Lunatic asylums Central Provinces reports 1910-1926 - 1910-1926
Year: 1910
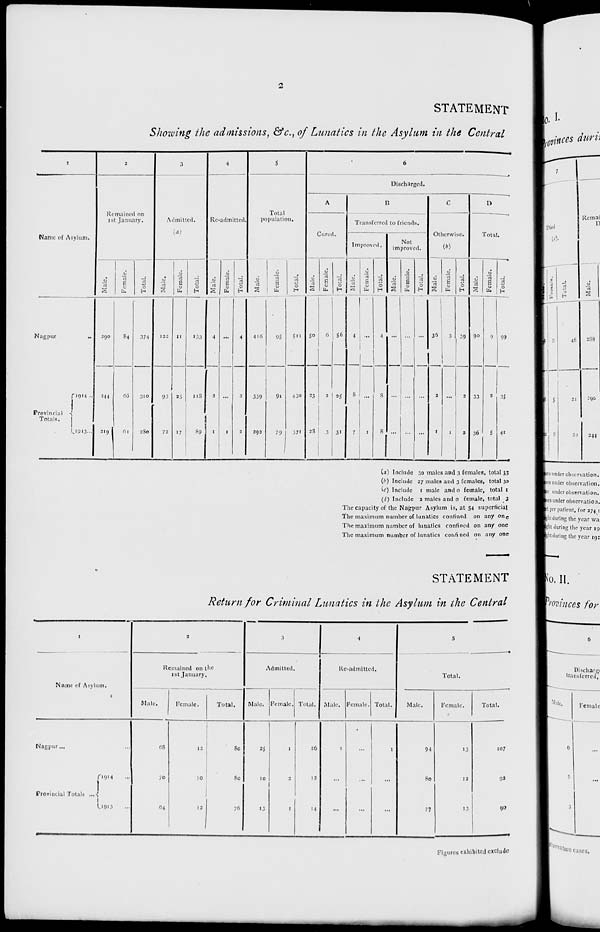
2
STATEMENT
Showing the admissions, &c., of Lunatics in the Asylum in the Central
1
Name of Asylum.
Nagpur
...
Provincial
Totals.
1914 ...
1913
...
2
Remained on
1st January.
Male.
290
244
219
Female.
84
66
61
Total.
374
310
280
3
Admitted.
(a)
Male.
122
93
72
Female.
11
25
17
Total.
133
118
89
4
Re-admitted.
Male.
4
2
1
Female.
...
...
1
Total.
4
2
2
5
Total
population.
Male.
416
339
292
Female.
95
91
79
Total.
511
430
371
6
Discharged.
A
Cured.
Male.
50
23
28
Female.
6
2
3
Total.
56
25
31
B
Transferred to friends.
Improved.
Male.
4
8
7
Female.
...
...
1
Total.
4
8
8
Not
improved.
Male.
...
...
...
Female.
...
...
...
Total.
...
...
...
C
Otherwise.
(b)
Male.
36
2
1
Female.
3
...
1
Total.
39
2
2
C
Total.
Male.
90
33
36
Female.
9
3
5
Total.
99
35
41
(a) Include 30 males and 3 females, total 33
(b) Include 27 males and 3 females, total 30
(c) Include 1 male and 0 female, total 1
(d) Include 2 males and 0 female, total 3
The capacity of the Nagpur Asylum is, at 54 superficial
The maximum number of lunatics confined on any one
The maximum number of lunatics confined on any one
The maximum number of lunatics confined on any one
STATEMENT
Return for Criminal Lunatics in the Asylum in the Central
1
Name of Asylum.
Nagpur ... ...
Provincial Totals ...
1914 ...
1913 ...
2
Remained on the
1st January.
Male.
68
70
64
Female.
12
10
12
Total.
80
80
76
3
Admitted.
Male.
25
10
13
Female.
1
2
1
Total.
26
12
14
4
Re-admitted.
Male.
1
...
...
Female.
...
...
...
Total.
1
...
...
5
Total.
Male.
94
80
77
Female.
13
12
13
Total.
107
92
90
Figures exhibited exclude